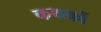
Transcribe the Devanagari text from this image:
कथकों